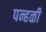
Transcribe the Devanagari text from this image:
पन्हळी